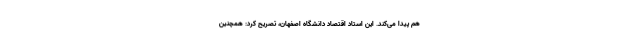
هم پیدا می‌کند. این استاد اقتصاد دانشگاه اصفهان، تصریح کرد: همچنین